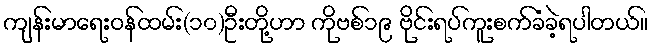
ကျန်းမာရေးဝန်ထမ်း(၁၀)ဦးတို့ဟာ ကိုဗစ်၁၉ ဗိုင်းရပ်ကူးစက်ခံခဲ့ရပါတယ်။